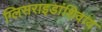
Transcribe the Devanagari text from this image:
ग्लिसराइडांशिवाय